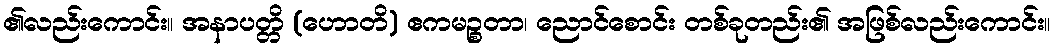
၏လည်းကောင်း။ အနာပတ္တိ (ဟောတိ) ဧကမဉ္စတာ၊ ညောင်စောင်း တစ်ခုတည်း၏ အဖြစ်လည်းကောင်း။